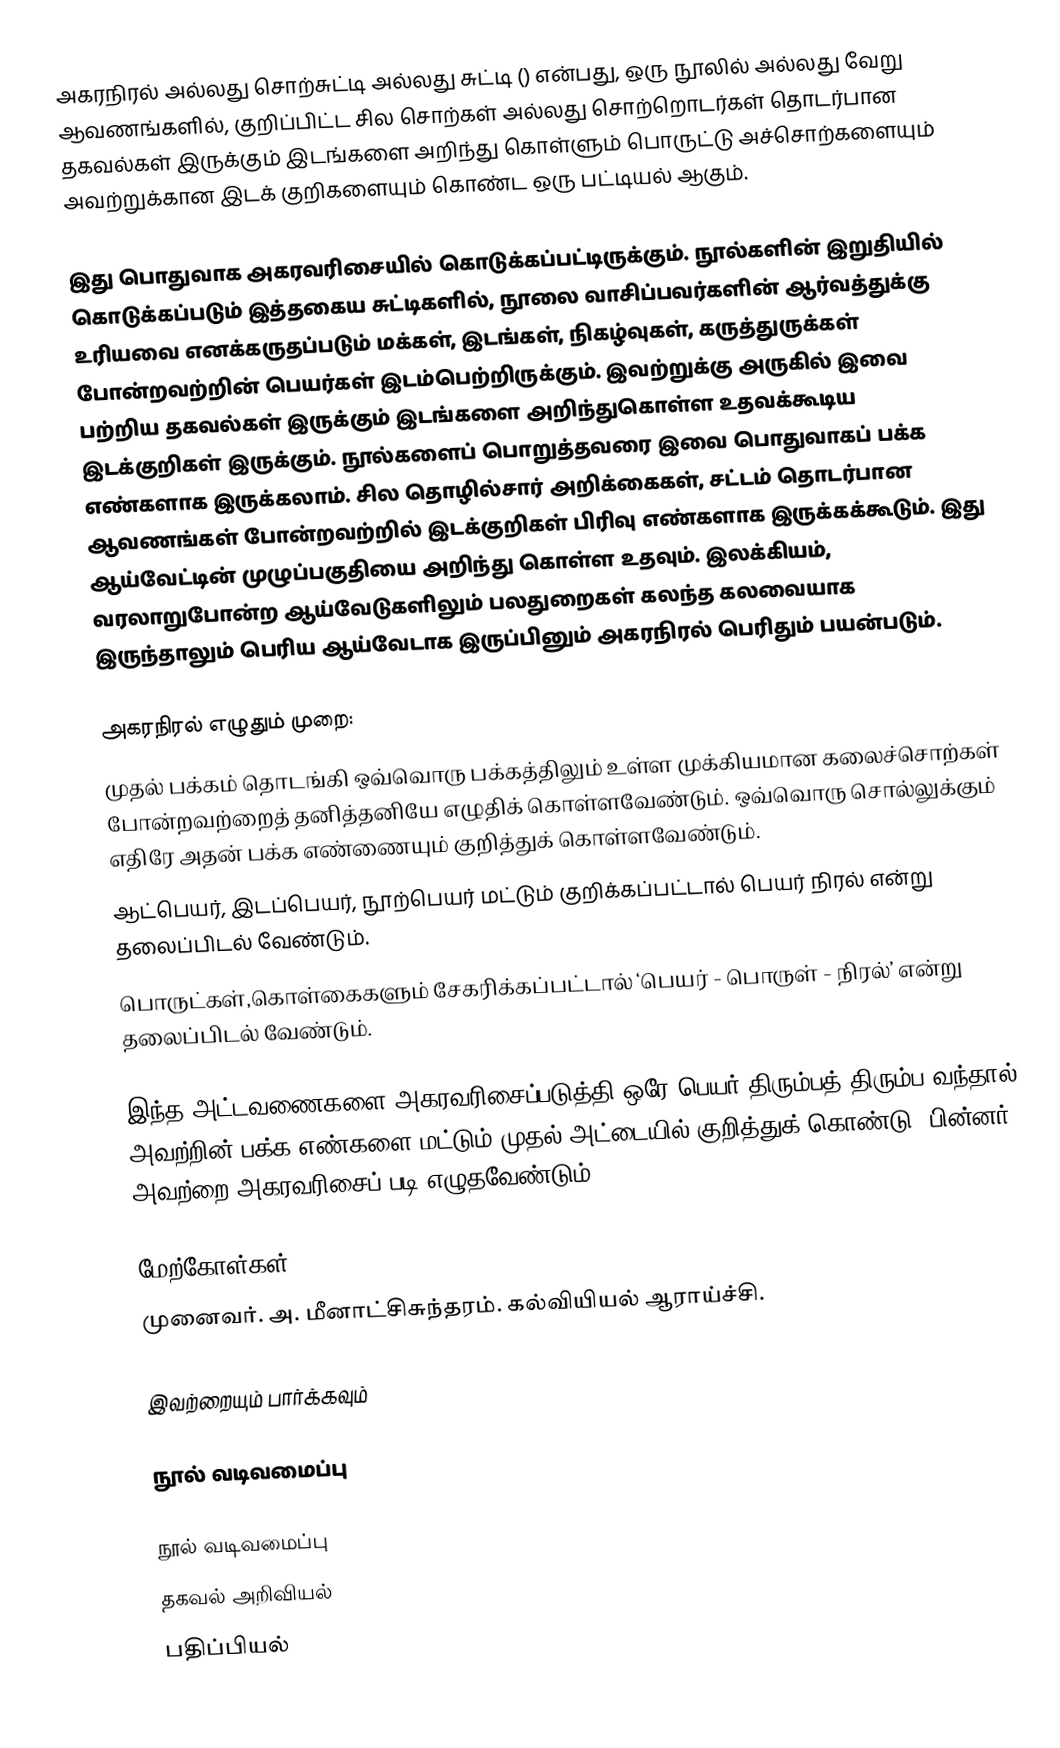
அகரநிரல் அல்லது சொற்சுட்டி அல்லது சுட்டி () என்பது, ஒரு நூலில் அல்லது வேறு ஆவணங்களில், குறிப்பிட்ட சில சொற்கள் அல்லது சொற்றொடர்கள் தொடர்பான தகவல்கள் இருக்கும் இடங்களை அறிந்து கொள்ளும் பொருட்டு அச்சொற்களையும் அவற்றுக்கான இடக் குறிகளையும் கொண்ட ஒரு பட்டியல் ஆகும்.

இது பொதுவாக அகரவரிசையில் கொடுக்கப்பட்டிருக்கும். நூல்களின் இறுதியில் கொடுக்கப்படும் இத்தகைய சுட்டிகளில், நூலை வாசிப்பவர்களின் ஆர்வத்துக்கு உரியவை எனக்கருதப்படும் மக்கள், இடங்கள், நிகழ்வுகள், கருத்துருக்கள் போன்றவற்றின் பெயர்கள் இடம்பெற்றிருக்கும். இவற்றுக்கு அருகில் இவை பற்றிய தகவல்கள் இருக்கும் இடங்களை அறிந்துகொள்ள உதவக்கூடிய இடக்குறிகள் இருக்கும். நூல்களைப் பொறுத்தவரை இவை பொதுவாகப் பக்க எண்களாக இருக்கலாம். சில தொழில்சார் அறிக்கைகள், சட்டம் தொடர்பான ஆவணங்கள் போன்றவற்றில் இடக்குறிகள் பிரிவு எண்களாக இருக்கக்கூடும். இது ஆய்வேட்டின் முழுப்பகுதியை அறிந்து கொள்ள உதவும்.  இலக்கியம், வரலாறுபோன்ற ஆய்வேடுகளிலும் பலதுறைகள் கலந்த கலவையாக இருந்தாலும் பெரிய ஆய்வேடாக இருப்பினும் அகரநிரல் பெரிதும் பயன்படும்.

அகரநிரல் எழுதும் முறை:
 முதல் பக்கம் தொடங்கி ஒவ்வொரு பக்கத்திலும் உள்ள முக்கியமான கலைச்சொற்கள் போன்றவற்றைத் தனித்தனியே எழுதிக் கொள்ளவேண்டும்.  ஒவ்வொரு சொல்லுக்கும் எதிரே அதன் பக்க எண்ணையும் குறித்துக் கொள்ளவேண்டும்.
 ஆட்பெயர், இடப்பெயர், நூற்பெயர் மட்டும் குறிக்கப்பட்டால் பெயர் நிரல் என்று தலைப்பிடல் வேண்டும்.
 பொருட்கள்,கொள்கைகளும் சேகரிக்கப்பட்டால் ‘பெயர் - பொருள் - நிரல்’ என்று தலைப்பிடல் வேண்டும்.

இந்த அட்டவணைகளை அகரவரிசைப்படுத்தி ஒரே பெயர் திரும்பத் திரும்ப வந்தால் அவற்றின் பக்க எண்களை மட்டும் முதல் அட்டையில் குறித்துக் கொண்டு, பின்னர் அவற்றை அகரவரிசைப் படி எழுதவேண்டும்.

மேற்கோள்கள்
 முனைவர். அ. மீனாட்சிசுந்தரம். கல்வியியல் ஆராய்ச்சி.

இவற்றையும் பார்க்கவும்

நூல் வடிவமைப்பு

நூல் வடிவமைப்பு
தகவல் அறிவியல்
பதிப்பியல்